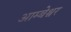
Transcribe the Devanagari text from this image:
आम्बेश्वर